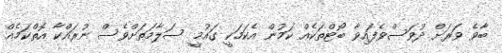
ބާވެ ވަރަށް ދުވަސްވެފައިވާ ބޯޓްތަކެއް ކަމުން އެކަމަކީ ގައުމީ ސަލާމަތަށްވެސް ނުރައްކާ އޮތްކަމެއް